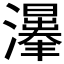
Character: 𱪀